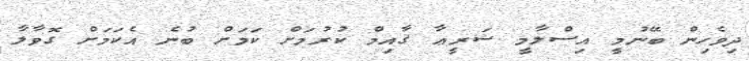
ދިވެހިން ބޭނުމީ އިސްލާމީ ޝަރީޢާ ޤާއިމް ކުރުމަށް ކަމަށް ބުނެ އެކަމަށް ގޮވާލާ